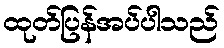
ထုတ်ပြန်အပ်ပါသည်